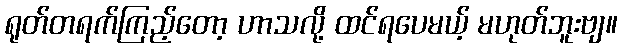
ရုတ်တရက်ကြည့်တော့ ဟာသလို့ ထင်ရပေမယ့် မဟုတ်ဘူးဗျ။